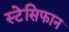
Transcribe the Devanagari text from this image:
स्टेसिफान